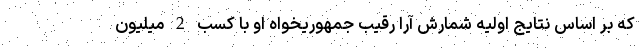
که بر اساس نتایج اولیه شمارش آرا رقیب جمهوریخواه او با کسب 2 میلیون